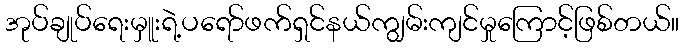
အုပ်ချုပ်ရေးမှူးရဲ့ပရော်ဖက်ရှင်နယ်ကျွမ်းကျင်မှုကြောင့်ဖြစ်တယ်။